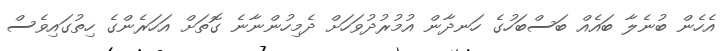
އެހެން ބުނެލާ ބައެއް ބަސްބަހުގެ ހަނދާން އުމުރުދުވަހަށް ދެމިހުންނާނެ ގޮތަށް އަހަރެންގެ ހިތުގައިވެސް